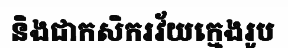
និងជាកសិករវ័យក្មេងរូប